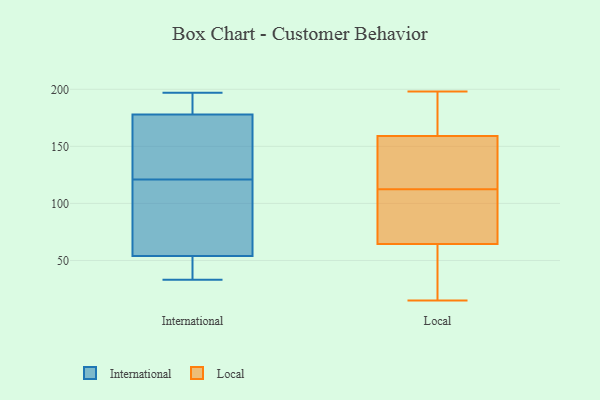
{"axis": {"x": "Churn Rate (%)", "y": "Value"}, "legend": ["International", "Local"], "data": [{"x": "", "y": 34, "type": "International"}, {"x": "", "y": 33, "type": "International"}, {"x": "", "y": 89, "type": "International"}, {"x": "", "y": 86, "type": "International"}, {"x": "", "y": 194, "type": "International"}, {"x": "", "y": 153, "type": "International"}, {"x": "", "y": 170, "type": "International"}, {"x": "", "y": 178, "type": "International"}, {"x": "", "y": 197, "type": "International"}, {"x": "", "y": 54, "type": "International"}, {"x": "", "y": 78, "type": "Local"}, {"x": "", "y": 51, "type": "Local"}, {"x": "", "y": 31, "type": "Local"}, {"x": "", "y": 198, "type": "Local"}, {"x": "", "y": 117, "type": "Local"}, {"x": "", "y": 111, "type": "Local"}, {"x": "", "y": 185, "type": "Local"}, {"x": "", "y": 170, "type": "Local"}, {"x": "", "y": 44, "type": "Local"}, {"x": "", "y": 99, "type": "Local"}, {"x": "", "y": 114, "type": "Local"}, {"x": "", "y": 40, "type": "Local"}, {"x": "", "y": 148, "type": "Local"}, {"x": "", "y": 192, "type": "Local"}, {"x": "", "y": 108, "type": "Local"}, {"x": "", "y": 176, "type": "Local"}, {"x": "", "y": 15, "type": "Local"}, {"x": "", "y": 137, "type": "Local"}, {"x": "", "y": 119, "type": "Local"}, {"x": "", "y": 80, "type": "Local"}]}